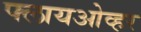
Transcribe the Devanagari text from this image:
फ्लायओव्हर